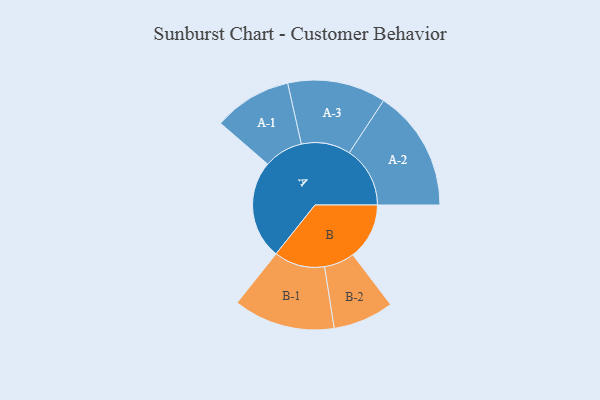
{"axis": {"x": "Segment", "y": "Value"}, "legend": ["", "A", "B"], "data": [{"x": "A", "y": 488, "type": ""}, {"x": "B", "y": 279, "type": ""}, {"x": "A-1", "y": 193, "type": "A"}, {"x": "A-2", "y": 300, "type": "A"}, {"x": "A-3", "y": 243, "type": "A"}, {"x": "B-1", "y": 251, "type": "B"}, {"x": "B-2", "y": 150, "type": "B"}]}